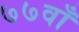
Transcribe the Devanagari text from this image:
७७वाँ